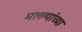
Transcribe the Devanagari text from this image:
मल्ल्यांच्या